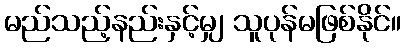
မည်သည့်နည်းနှင့်မျှ သူပုန်မဖြစ်နိုင်။